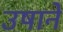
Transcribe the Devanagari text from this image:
उषाने